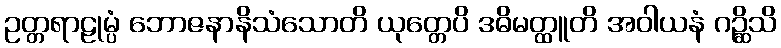
ဥတ္တရာဠုမ္ပံ ဘောဇနာနိသံသောတိ ယုတ္တေပိ ဒဓိမတ္ထူတိ အဝါယနံ ဂဉ္ဆိသိ